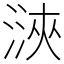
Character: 㴺